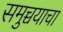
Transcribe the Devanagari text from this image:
समुच्चयाचा